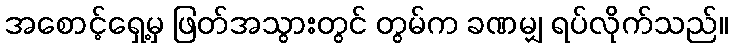
အစောင့်ရှေ့မှ ဖြတ်အသွားတွင် တွမ်က ခဏမျှ ရပ်လိုက်သည်။